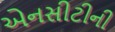
એનસીટીની